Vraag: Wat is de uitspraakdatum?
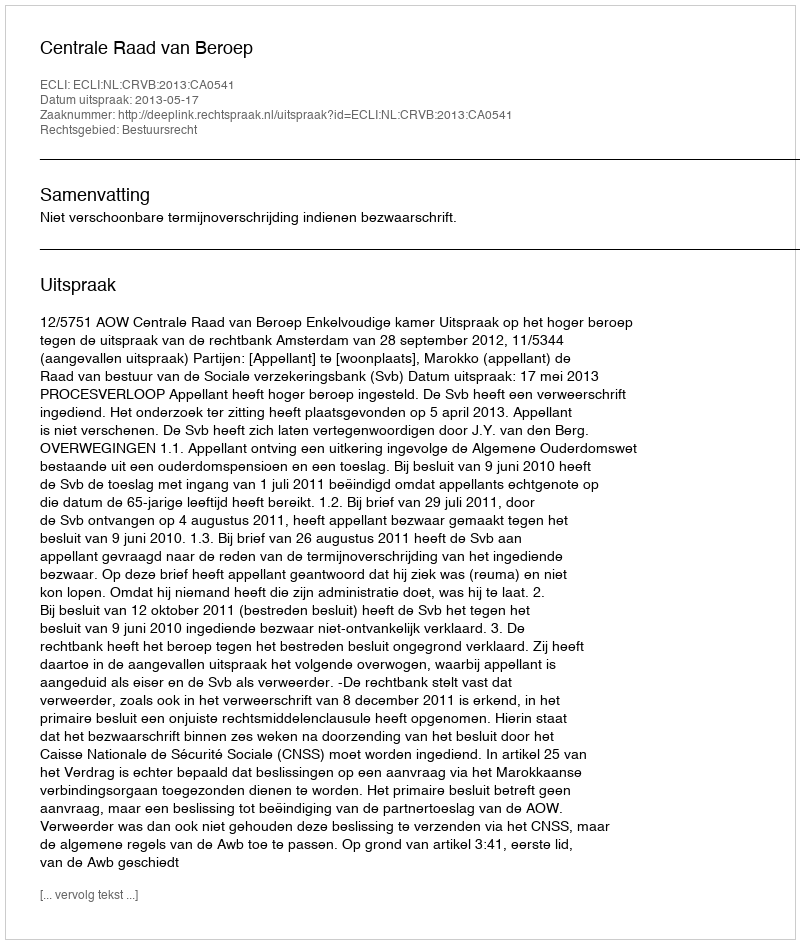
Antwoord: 2013-05-17